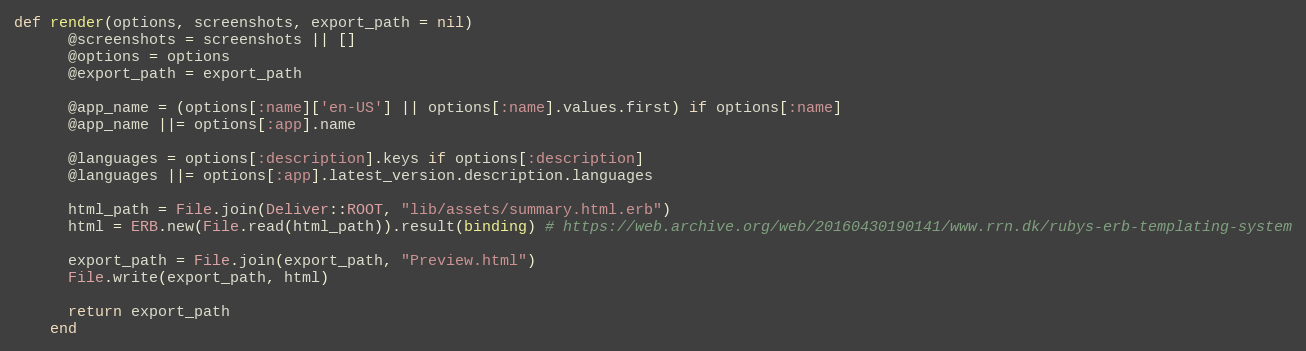
Language: Ruby
def render(options, screenshots, export_path = nil)
      @screenshots = screenshots || []
      @options = options
      @export_path = export_path

      @app_name = (options[:name]['en-US'] || options[:name].values.first) if options[:name]
      @app_name ||= options[:app].name

      @languages = options[:description].keys if options[:description]
      @languages ||= options[:app].latest_version.description.languages

      html_path = File.join(Deliver::ROOT, "lib/assets/summary.html.erb")
      html = ERB.new(File.read(html_path)).result(binding) # https://web.archive.org/web/20160430190141/www.rrn.dk/rubys-erb-templating-system

      export_path = File.join(export_path, "Preview.html")
      File.write(export_path, html)

      return export_path
    end